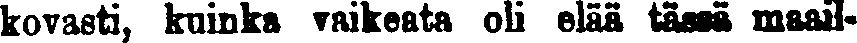
kovasti, kuinka vaikeata oli elää tässä maail-